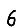
Digit: 6